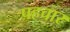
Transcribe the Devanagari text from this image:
पहचार